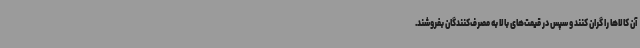
آن کالاها را گران کنند و سپس در قیمت‌های بالا به مصرف‌کنندگان بفروشند.